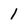
Character: 1